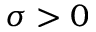
\sigma > 0